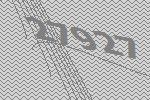
27927